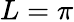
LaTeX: L=\pi